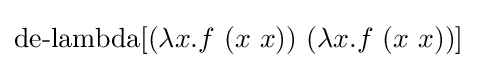
\operatorname {de-lambda} [(\lambda x.f\ (x\ x))\ (\lambda x.f\ (x\ x))]